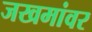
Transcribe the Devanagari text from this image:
जखमांवर